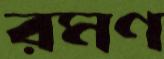
রমণ